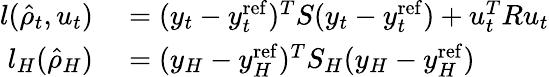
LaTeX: \begin{array}{rl}{l(\hat{\rho}_{t},u_{t})}&{{}=(y_{t}-y_{t}^{\mathrm{ref}})^{T}S(y_{t}-y_{t}^{\mathrm{ref}})+u_{t}^{T}Ru_{t}}\\ {l_{H}(\hat{\rho}_{H})}&{{}=(y_{H}-y_{H}^{\mathrm{ref}})^{T}S_{H}(y_{H}-y_{H}^{\mathrm{ref}})}\end{array}